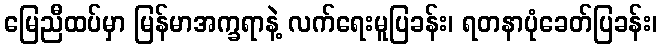
မြေညီထပ်မှာ မြန်မာအက္ခရာနဲ့ လက်ရေးမူပြခန်း၊ ရတနာပုံခေတ်ပြခန်း၊